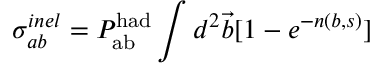
\sigma _ { a b } ^ { i n e l } = P _ { \mathrm { a b } } ^ { \mathrm { h a d } } \int d ^ { 2 } { \vec { b } } [ 1 - e ^ { - n ( b , s ) } ]